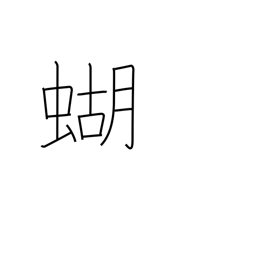
Meaning: butterfly